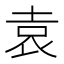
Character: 袁